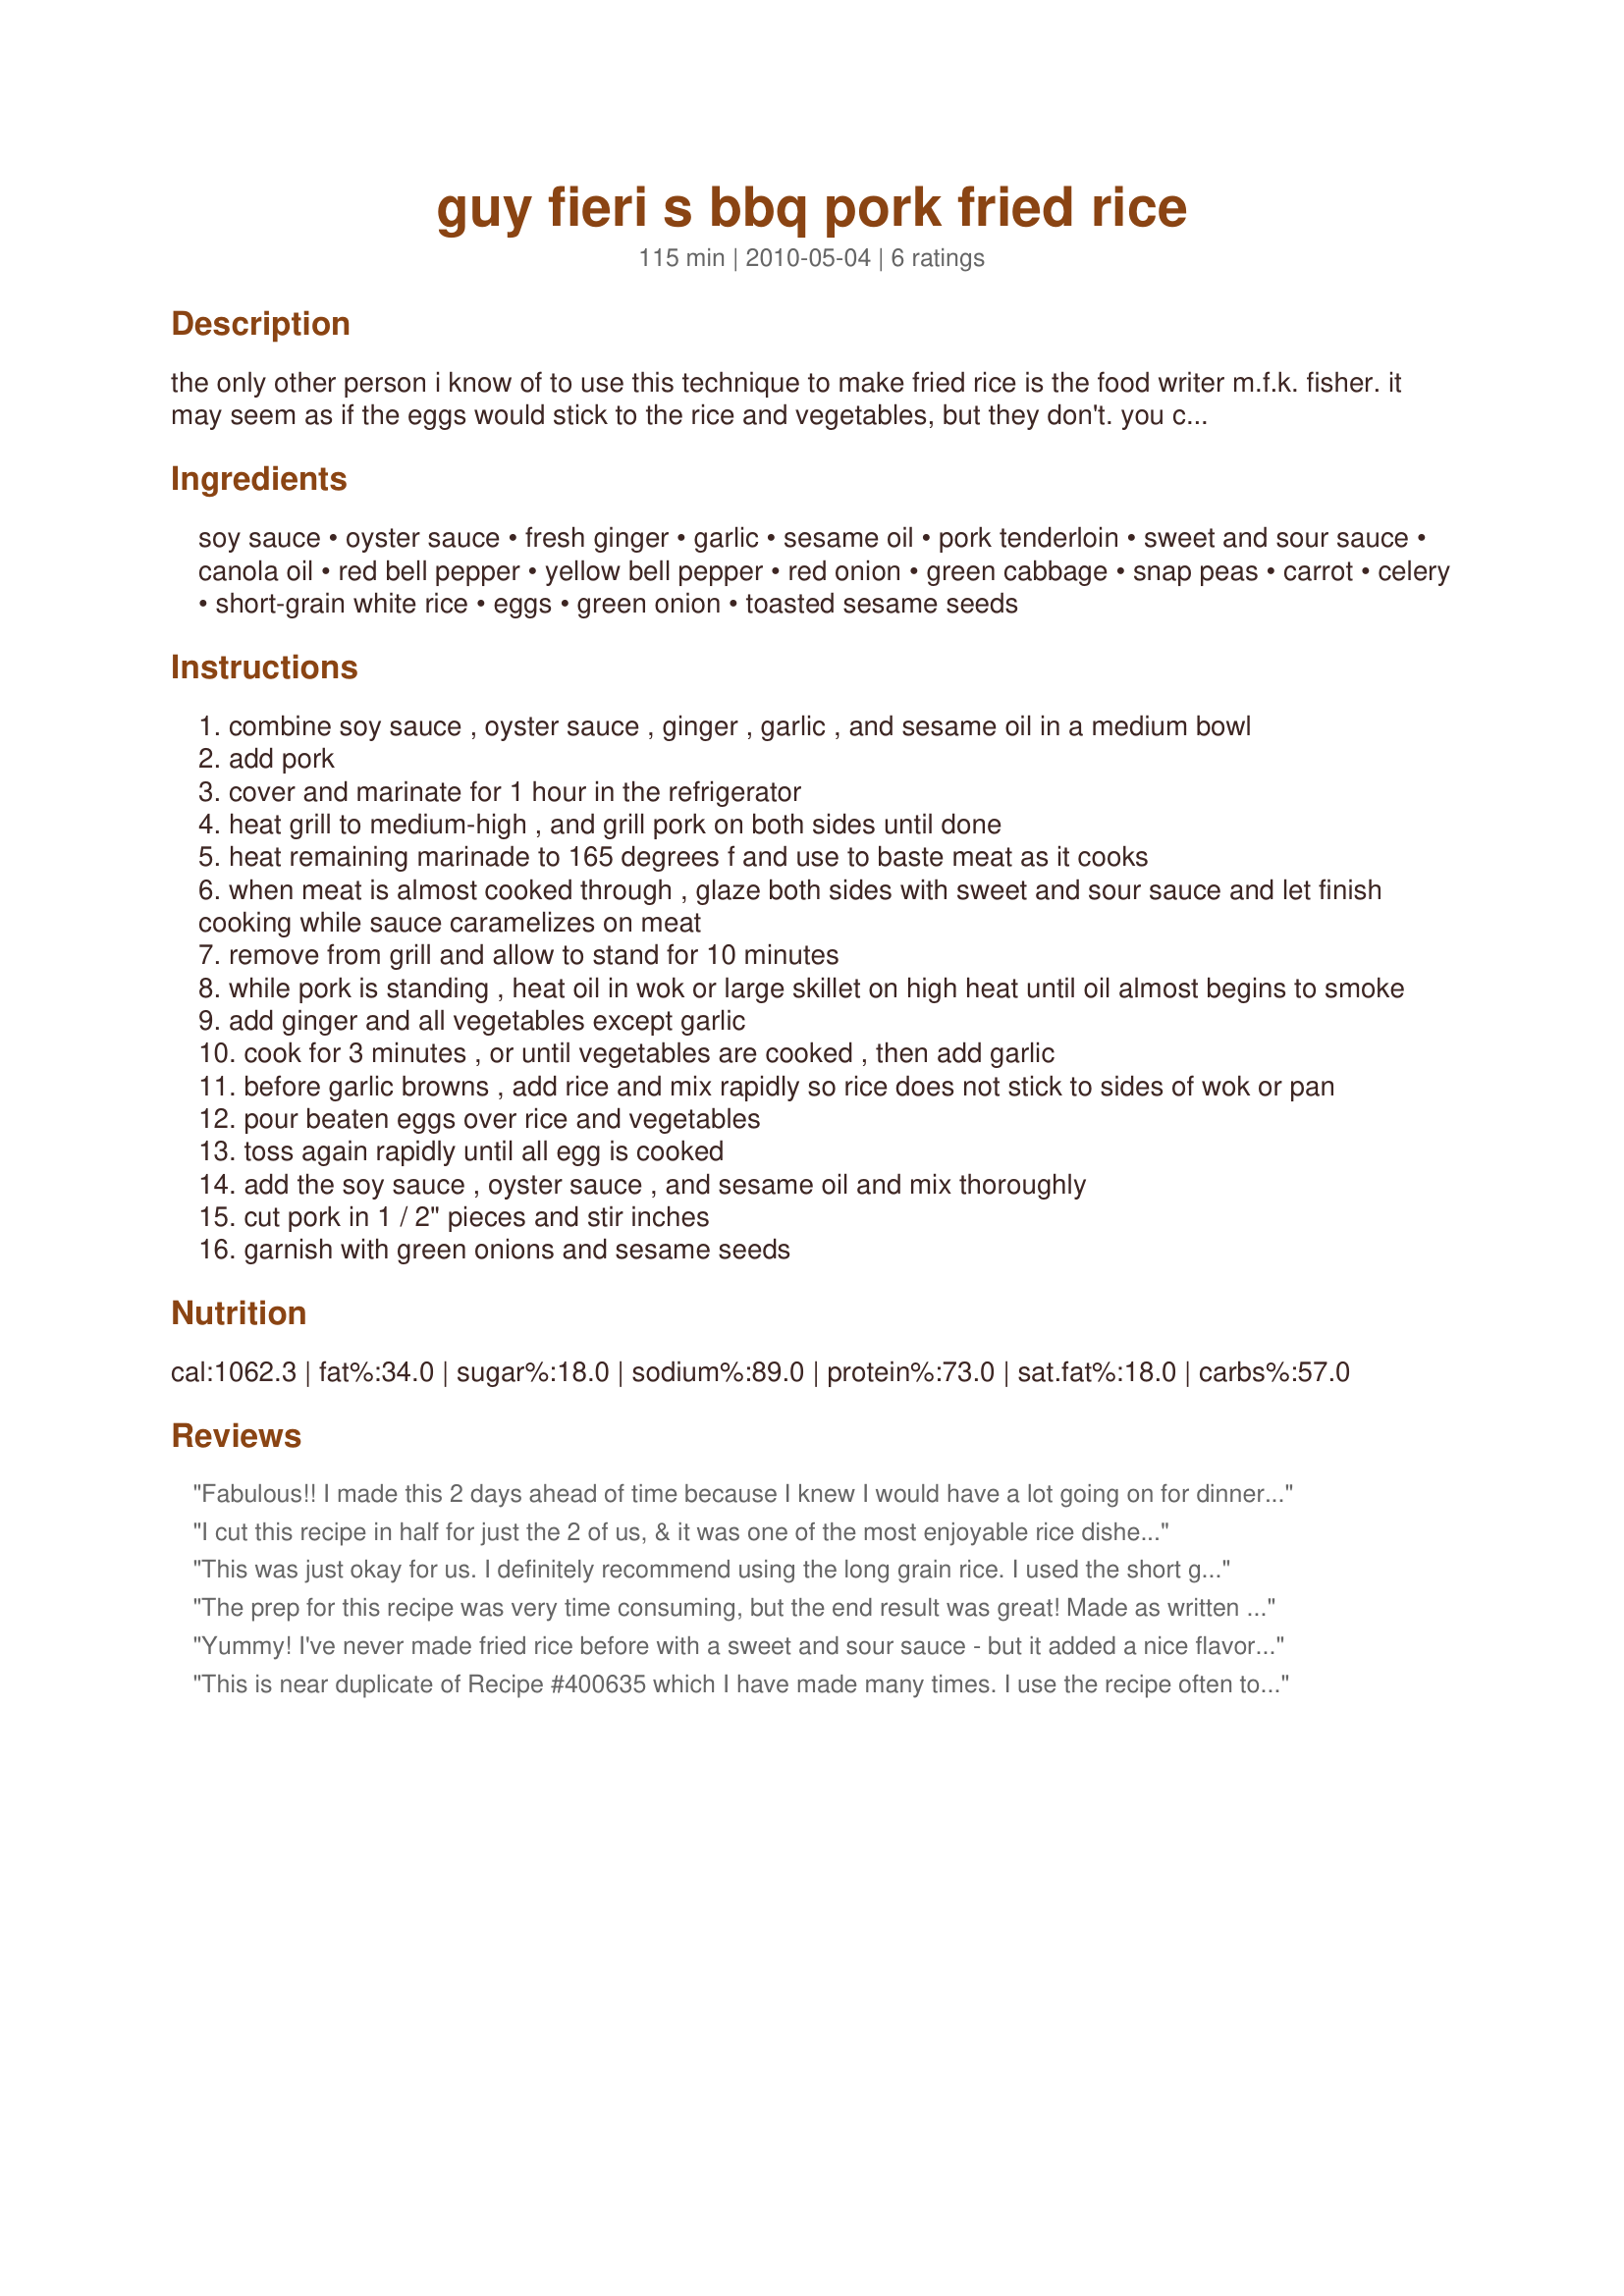
guy fieri s bbq pork fried rice
Preparation time: 115 minutes

the only other person i know of to use this technique to make fried rice is the food writer m.f.k. fisher. it may seem as if the eggs would stick to the rice and vegetables, but they don't. you can make the fried rice without the pork. although the recipe specifies short-grain rice, i prefer to make this with long-grain. prep time includes marinating time.

Ingredients:
soy sauce, oyster sauce, fresh ginger, garlic, sesame oil, pork tenderloin, sweet and sour sauce, canola oil, red bell pepper, yellow bell pepper, red onion, green cabbage, snap peas, carrot, celery, short-grain white rice, eggs, green onion, toasted sesame seeds

Steps:
combine soy sauce , oyster sauce , ginger , garlic , and sesame oil in a medium bowl
add pork
cover and marinate for 1 hour in the refrigerator
heat grill to medium-high , and grill pork on both sides until done
heat remaining marinade to 165 degrees f and use to baste meat as it cooks
when meat is almost cooked through , glaze both sides with sweet and sour sauce and let finish cooking while sauce caramelizes on meat
remove from grill and allow to stand for 10 minutes
while pork is standing , heat oil in wok or large skillet on high heat until oil almost begins to smoke
add ginger and all vegetables except garlic
cook for 3 minutes , or until vegetables are cooked , then add garlic
before garlic browns , add rice and mix rapidly so rice does not stick to sides of wok or pan
pour beaten eggs over rice and vegetables
toss again rapidly until all egg is cooked
add the soy sauce , oyster sauce , and sesame oil and mix thoroughly
cut pork in 1 / 2" pieces and stir inches
garnish with green onions and sesame seeds

Reviews:
Fabulous!! I made this 2 days ahead of time because I knew I would have a lot going on for dinner tonight and I wanted this all ready to heat up. It worked beautifully. This is absolutely delicious fried rice. Well worth the extra steps. Made for Culinary Quest - China - International Agents of Quest. Thank you!
I cut this recipe in half for just the 2 of us, & it was one of the most enjoyable rice dishes I've prepared in a long time! Loved the sweet & sour pork here! The recipe was followed right on down, but another time I might switch to using brown rice, only because that's pretty much my standard! Thanks for sharing this great recipe! [Made & reviewed while in Asia with ZWT6]
This was just okay for us. I definitely recommend using the long grain rice. I used the short grain and the texture was not so good. Made for ZWT6.
The prep for this recipe was very time consuming, but the end result was great! Made as written except diced the pork before marinating and then sauteed it and poured the sweet and sour sauce over the top when it was done (ran out of propane for the grill). Was very flavorful and I enjoyed everything though DH said it was too 'colorful'; meaning too many veggies! Made for Almost Five Tag.
Yummy! I've never made fried rice before with a sweet and sour sauce - but it added a nice flavor. I made this recipe as directed, other than I halved it. Thanks Chocolatl for a nice new find. Made by an Unruly Under the Influence for ZWT6.
This is near duplicate of Recipe #400635 which I have made many times. I use the recipe often to make fried rice and only used that portion of the recipe here as well. I love the sauce on this. It is full of stronger flavors than most fried rice recipes and there is plenty of sauce to coat all of the rice. I have even used frozen mixed vegetables sucessfully and I do use long grain or brown rice. Very forgiving & delicious recipe! Made for ZWT6 ~Asia. Served with Recipe #228854
